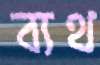
ব্যথ